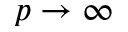
p \rightarrow \infty